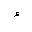
Letter: _hamza